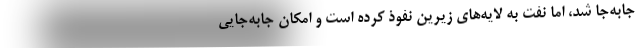
جابه‌جا شد، اما نفت به لايه‌هاي زيرين نفوذ كرده است و امكان جابه‌جايي